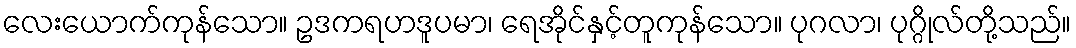
လေးယောက်ကုန်သော။ ဥဒကရဟဒူပမာ၊ ရေအိုင်နှင့်တူကုန်သော။ ပုဂလာ၊ ပုဂ္ဂိုလ်တို့သည်။